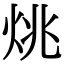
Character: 烑